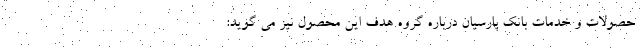
حصولات و خدمات بانک پارسیان درباره گروه هدف این محصول نیز می گوید: